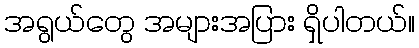
အရွယ်တွေ အများအပြား ရှိပါတယ်။